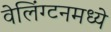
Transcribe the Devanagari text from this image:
वेलिंग्टनमध्ये